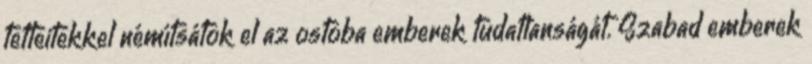
tetteitekkel némítsátok el az ostoba emberek tudatlanságát. Szabad emberek